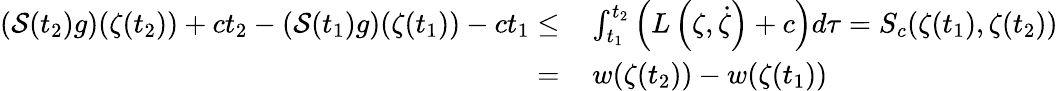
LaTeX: \begin{array}{rl}{(\mathcal S(t_{2})g)(\zeta(t_{2}))+ct_{2}-(\mathcal S(t_{1})g)(\zeta(t_{1}))-ct_{1}\le}&{\, \int_{t_{1}}^{t_{2}}\left(L\left(\zeta,\dot{\zeta}\right)+c\right)d\tau=S_{c}(\zeta(t_{1}),\zeta(t_{2}))}\\ {=}&{\, w(\zeta(t_{2}))-w(\zeta(t_{1}))}\end{array}